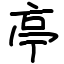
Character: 亭